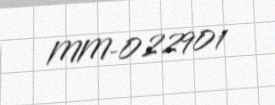
MM-022901